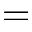
=